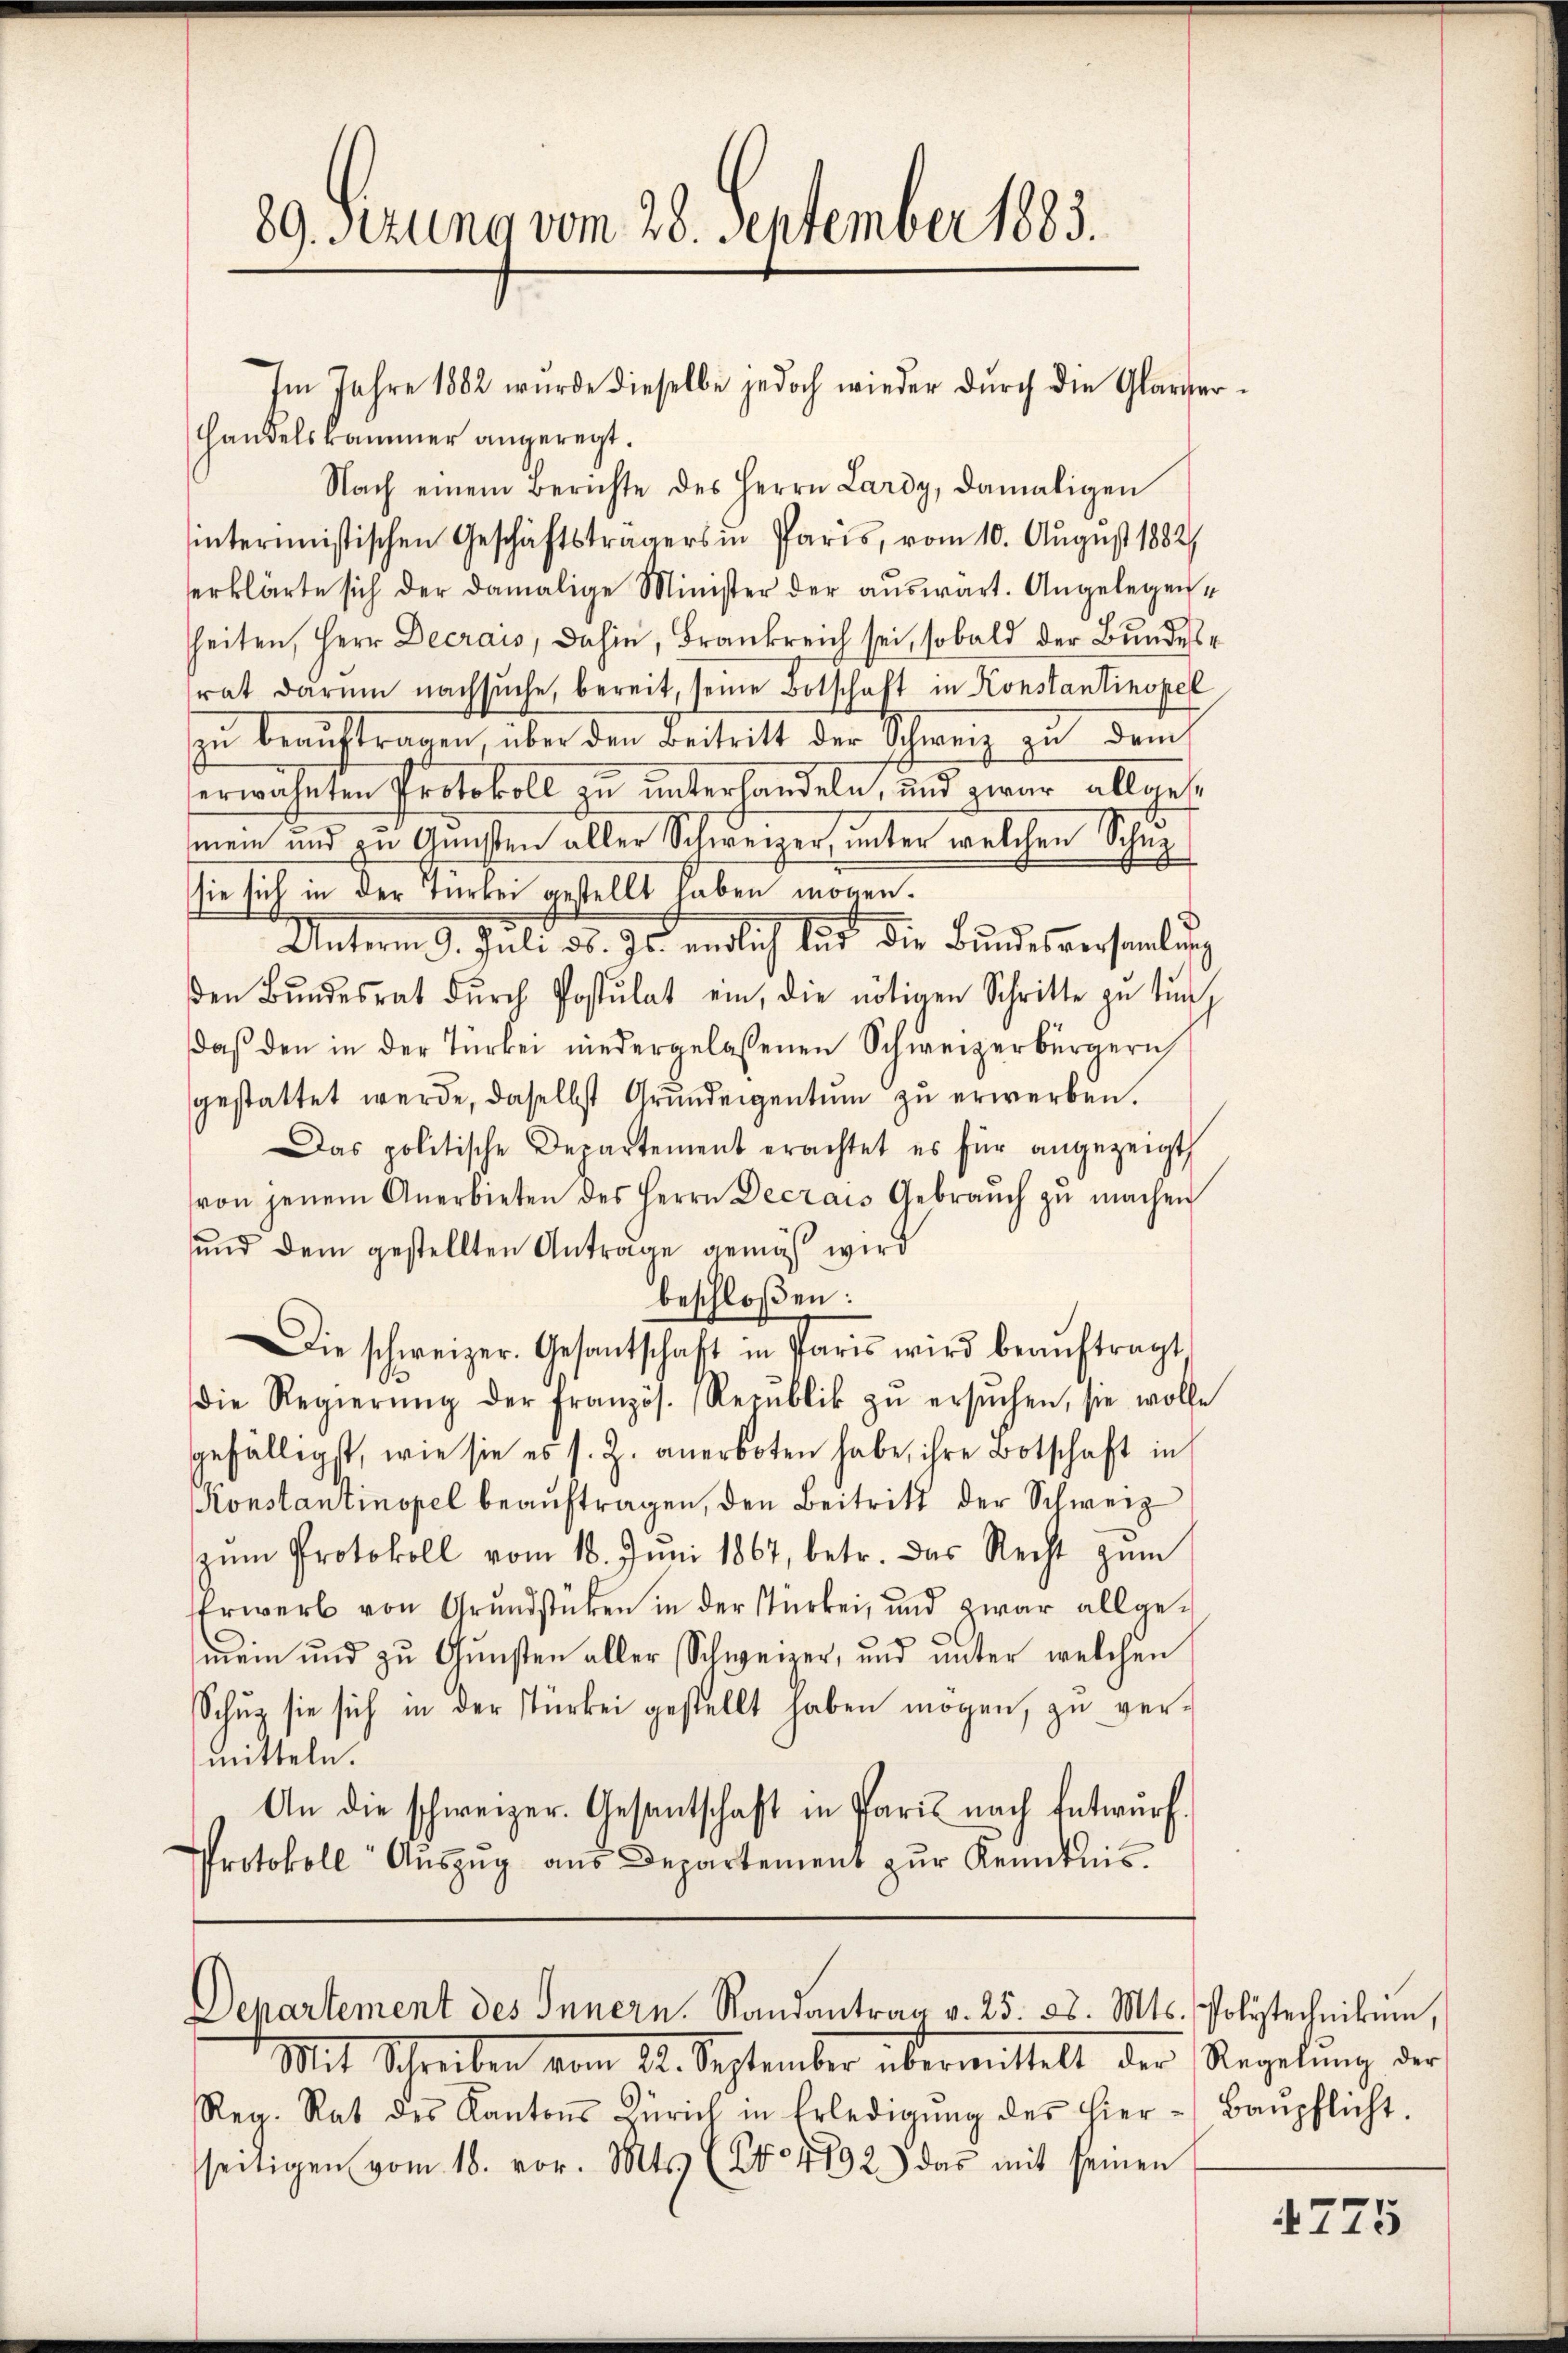
Handelskammer angeregt.
Nach einem Berichte des Herrn Lardy, damaligen
hintermistischen Geschäftsträgers in Paris, vom 10. August 1882/
erklärte sich der damalige Minister der auswärt. Angelegensheiten, Herr Decrais, dahin, Frankreich sei, sobald der Bundesrat darum nachsuche, bereit, seine Botschaft in Konstantinopel
zŭ beaŭftragen, über den Beitritt der Schweiz zu dem
herwähnten Protokoll zu unterhandeln, und zwar allgesmein und in Gunsten aller Schweizer, unter welchen Schn
sie sich in der Turbei gestellt haben mögen.
Unterm 9. Juli 31. Js. endlich tut die Bundesversamlung
den Bŭndesrat dŭrch Postulat ein, die nötigen Schritte zu tun
daβ den in der Türkei niedergelassenen Schweizerbürgern
gestattet werde, daselbst Grundeigentum zu erwerben.
Das politische Departement erachtet es für angezeigt
von jenem Anerbieten des Herrn Decrais Gebraŭch zŭ machen
und dem gestellten Anträge gemäß wird
beschloßen:
Die schweizer. Gesantschaft in Paris wird beaŭftragt
die Regierŭng der Französ. Republik zŭ ersŭchen, sie wolle
gefälligst, wie sie es s. Z. anerboten habe, ihre Botschaft in
Konstantinopel beauftragen, den Beitritt der Schweiz
zŭm Protokoll vom 18. Juni 1867, betr. das Recht zum
Erwerb von Grundstücken in der Stärke, und zwar allgemein und zu Gunsten aller Schweizer, und unter welchen
Schŭg sie sich in der Türkei gestellt haben mögen, zŭ ver-
mitteln.
An die schweizer. Gesantschaft in Paris nach Entwurf.
Protokoll Aŭszŭg aŭs Departement zŭr Kenntnis.

89. Sitzung vom 28. September 1883.

Reg. Rat des Kantons Zürich in Erledigŭng des hier
seitigen vom 18. vor. Mts. (144192) das mit seinen

Im Jahre 1882 wurde dieselbe jedoch wieder durch die Glarger

Departement des Innern. Randantrag v. 25. 28. Mts. Polytechnikum,
Mit Schreiben vom 22. September übermittelt der Regelung der

Baupflicht.

4775